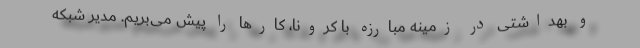
و بهداشتی در زمینه مبارزه با کرونا، کارها را پیش می‌بریم. مدیر شبکه